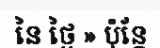
នៃ ថ្ងៃ » ប៉ុន្តែ